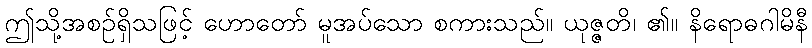
ဤသို့အစဉ်ရှိသဖြင့် ဟောတော် မူအပ်သော စကားသည်။ ယုဇ္ဇတိ၊ ၏။ နိရောဓဂါမိနီ